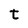
Character: t